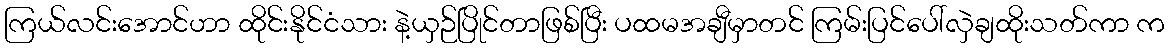
ကြယ်လင်းအောင်ဟာ ထိုင်းနိုင်ငံသား နဲ့ယှဉ်ပြိုင်တာဖြစ်ပြီး ပထမအချီမှာတင် ကြမ်းပြင်ပေါ်လှဲချထိုးသတ်ကာ က